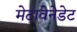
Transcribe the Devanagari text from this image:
मेटावेनेडेट